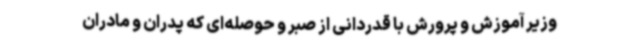
وزیر آموزش‌ و پرورش با قدردانی از صبر و حوصله‌ای که پدران و مادران